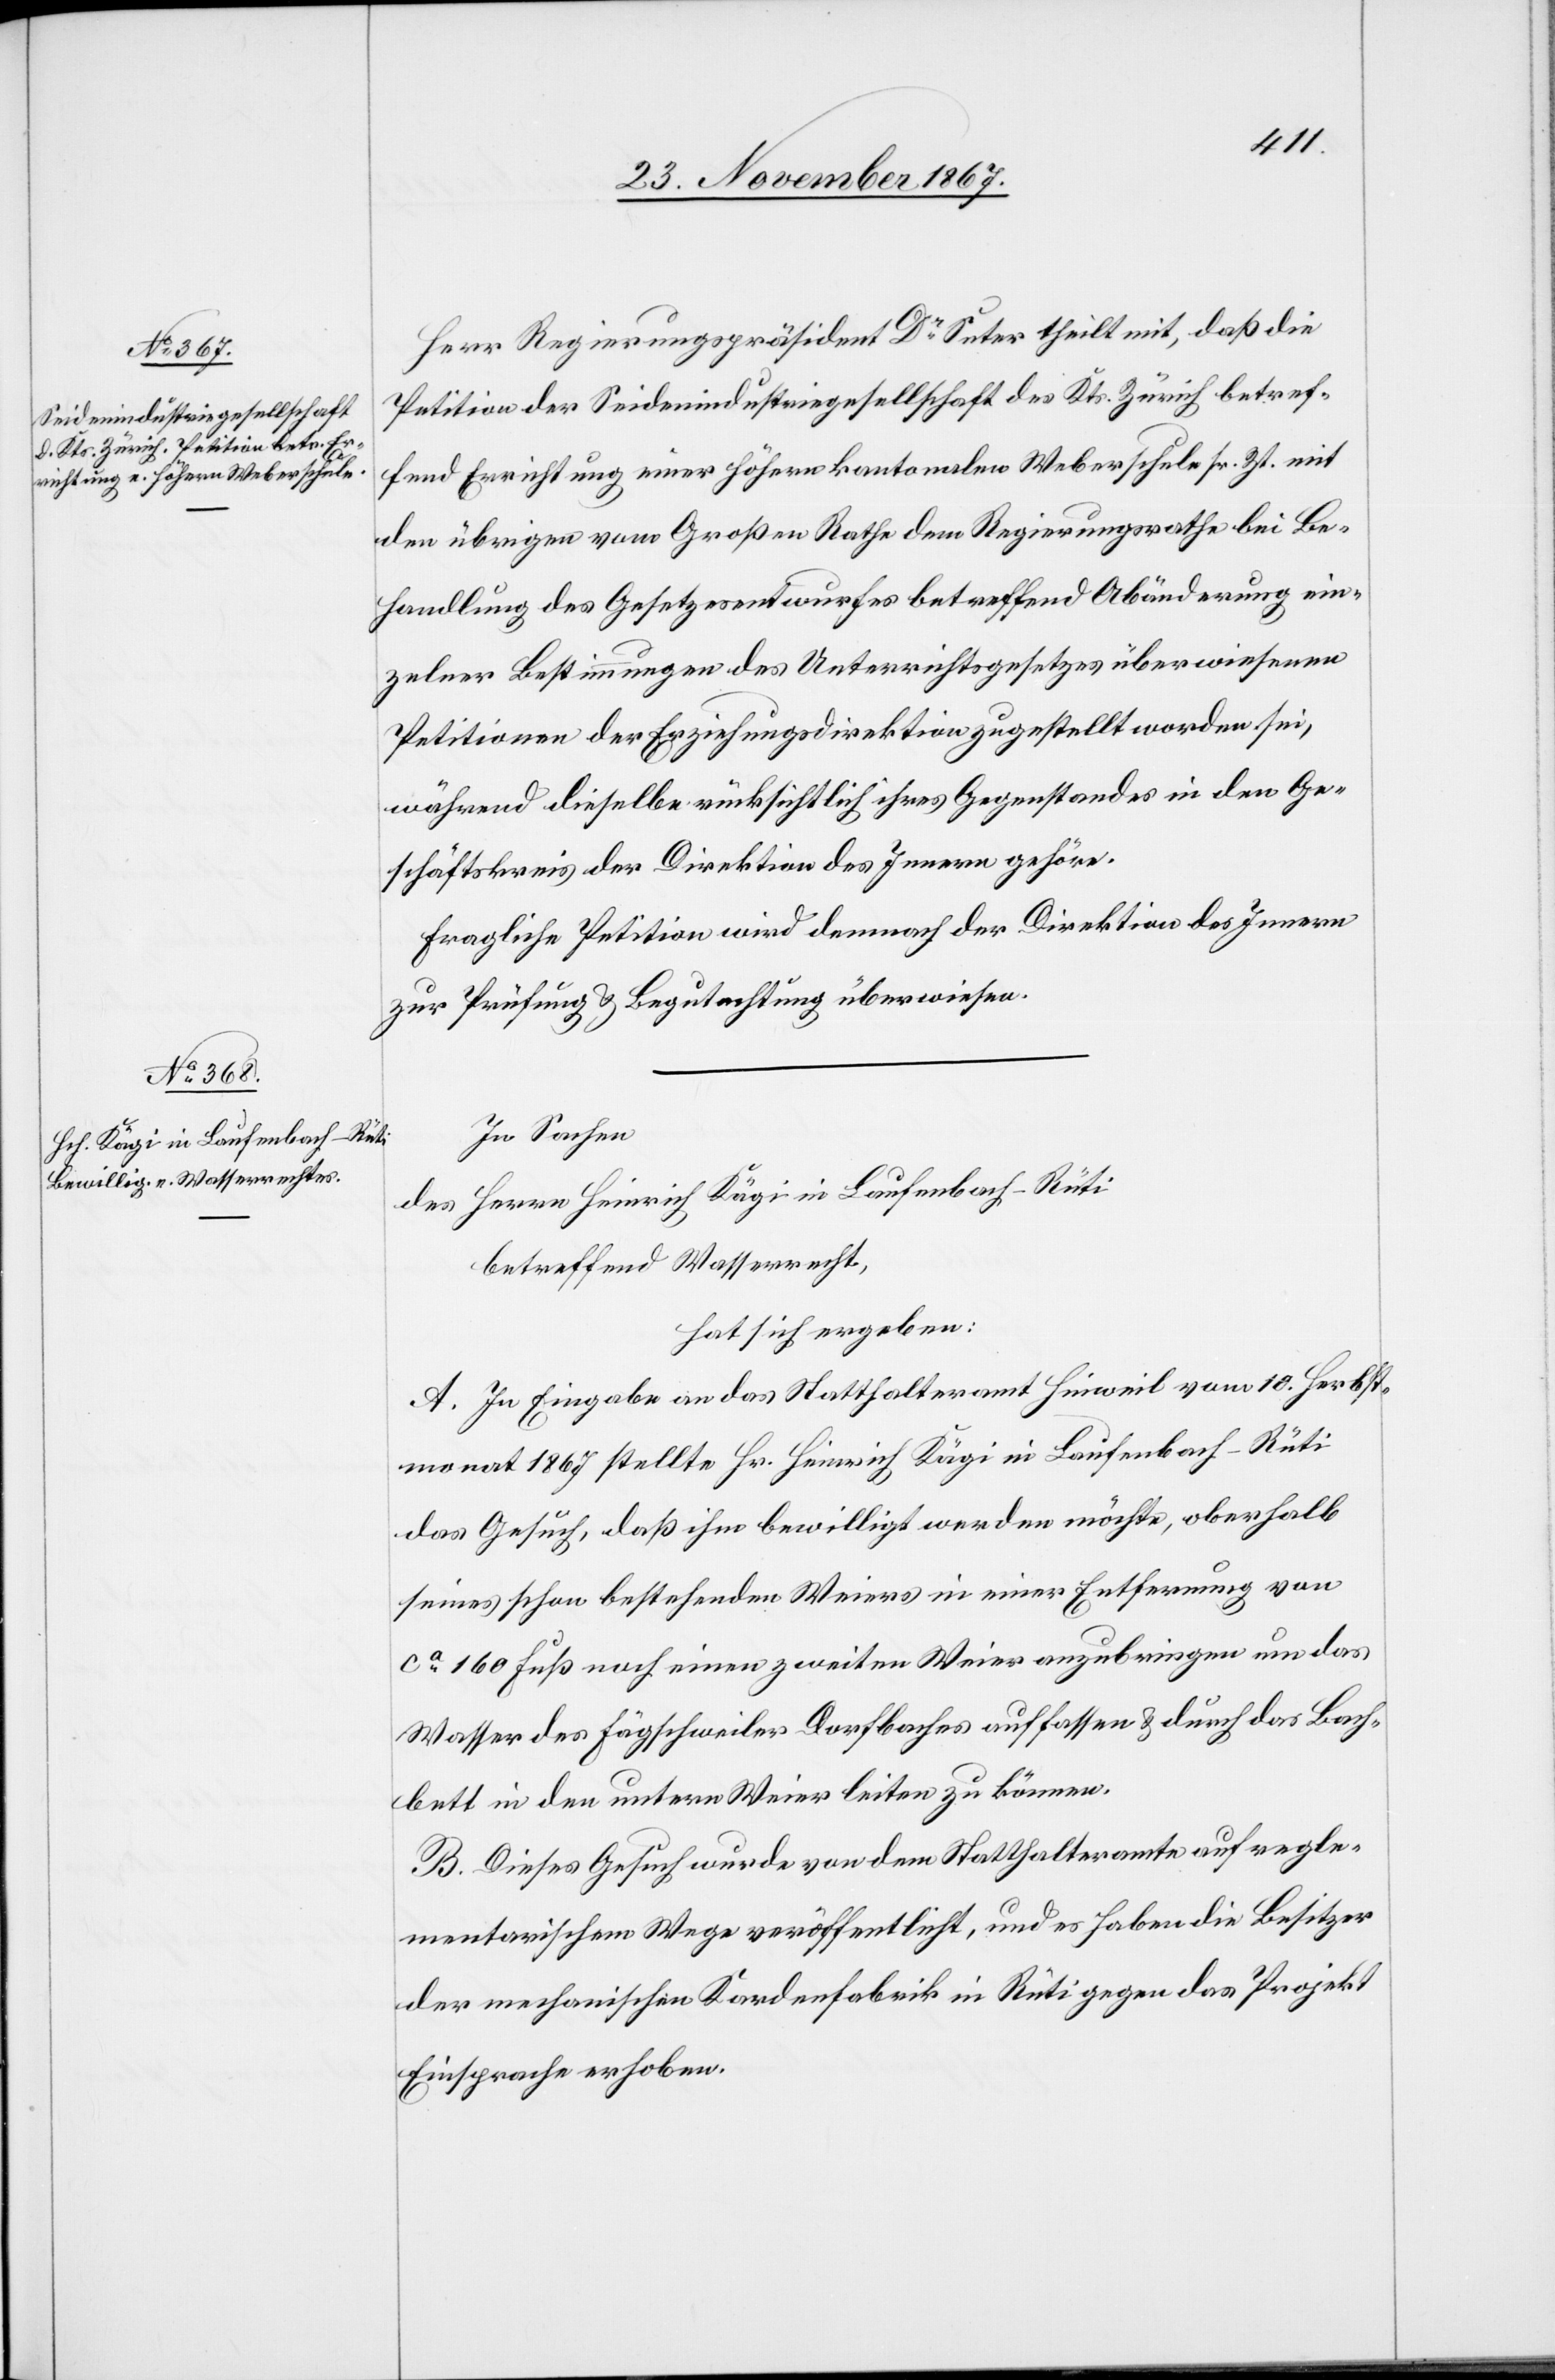
Herr Regierungspräsident Dr Suter theilt mit, daß die
Petition der Seidenindustriegesellschaft des Kts. Zürich betref¬
fend Errichtung einer höhern Weberschule sr. Zt. mit den
Behandlung des Gesetzesentwurfes betreffend Abänderung ein¬
zelner Bestimmungen des Unterrichtsgesetzes überwiesenen
Petitionen der Erziehungsdirektion zugestellt worden sei,
während dieselbe rücksichtlich ihres Gegenstandes in den Ge¬
schäftskreis der Direktion des Innern gehöre.
Fragliche Petition wird demnach der Direktion des Innern
zur Prüfung u. Begutachtung überwiesen.
In Sachen
des Herrn Heinrich Kägi in Laufenbach - Rüti,
betreffend Wasserrecht,
hat sich ergeben:
A. In Eingabe an das Statthalteramt Hinweil vom 10. Herbst¬
monat 1867 stellte Hr. Heinrich Kägi in Laufenbach - Rüti
das Gesuch, daß ihm bewilligt werden möchte, oberhalb
seines schon bestehenden Weiers in einer Entfernung von
ca. 160 Fuß noch einen zweiten Weier anzubringen um das
Wasser des Fägschweiler Dorfbaches auffassen u. durch das Bach¬
bett in den untern Weier leiten zu können.
B. Dieses Gesuch wurde von dem Statthalteramte auf regle¬
mentarischem Wege veröffentlicht, und es haben die Besitzer
der mechanischen Kardenfabrik in Rüti gegen das Projekt
Einsprache erhoben.